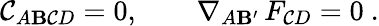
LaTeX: \mathcal{C}_{A\mathbf{B}\mathcal{C}D}=0,\qquad\nabla_{A\mathbf{B}^{\prime}}\, F_{\mathcal{C}D}=0\ .